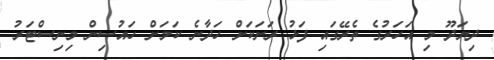
ދިޔަދޫ މި އަހަރުގެ ތެރޭގައި ފަޅު ރަށަކަށް ހަދާނެ ކަމަށް ހައުސިން މިނިސްޓަރު